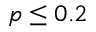
p \leq 0 . 2